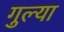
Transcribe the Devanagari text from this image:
गुल्या